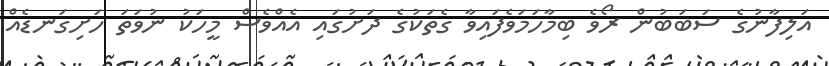
އަލިފާނުގެ ސަބަބުން ރޯވެ ބިމާހަމަވެފައިވާ ގެތަކުގެ ދަށުގައި އެއްވެސް މީހަކު ނުވަތަ ހަށިގަނޑެއް